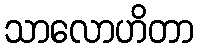
သာလောဟိတာ